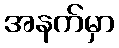
အနက်မှာ